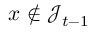
x \notin \mathcal { J } _ { t - 1 }